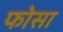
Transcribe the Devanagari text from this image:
फोसा